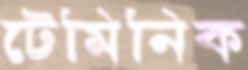
টেমিনিক